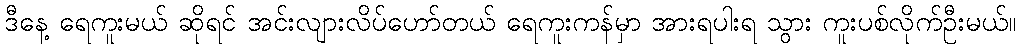
ဒီနေ့ ရေကူးမယ် ဆိုရင် အင်းလျားလိပ်ဟော်တယ် ရေကူးကန်မှာ အားရပါးရ သွား ကူးပစ်လိုက်ဦးမယ်။